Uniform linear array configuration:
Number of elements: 12
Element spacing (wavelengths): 1
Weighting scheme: uniform
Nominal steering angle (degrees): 0
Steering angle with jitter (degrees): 1.31
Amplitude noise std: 0.05
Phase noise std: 0.05

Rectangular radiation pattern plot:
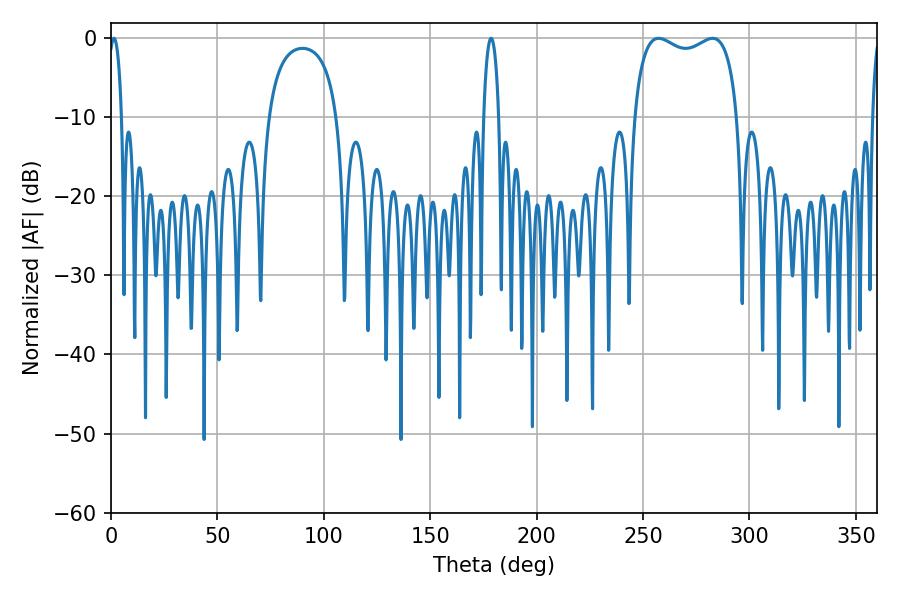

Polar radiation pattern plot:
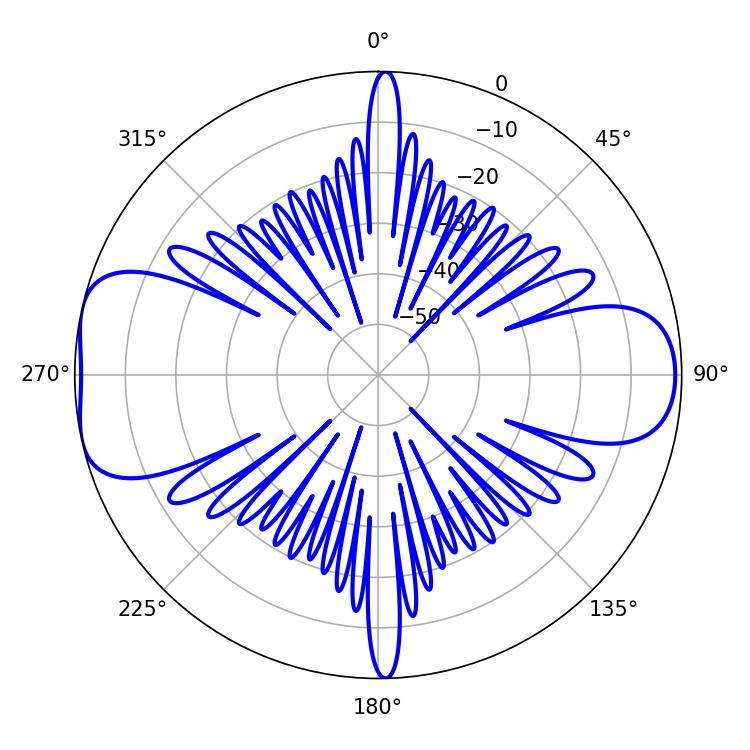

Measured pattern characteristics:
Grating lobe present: TRUE
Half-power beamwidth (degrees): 39.96
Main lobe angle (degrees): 257.4